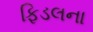
ફિડલના